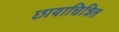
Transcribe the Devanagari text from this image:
छायाचित्रित